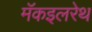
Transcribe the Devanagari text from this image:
मॅकइलरेथ